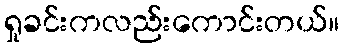
ရှုခင်းကလည်းကောင်းတယ်။